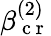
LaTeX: \beta_{\mathrm{~c~r~}}^{(2)}